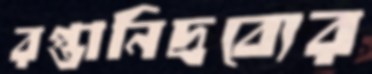
রপ্তানিদ্রব্যের